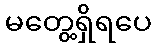
မတွေ့ရှိရပေ